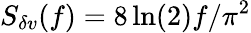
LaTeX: S_{\delta v}(f)=8\ln(2)f/\pi^{2}